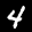
Label: 4